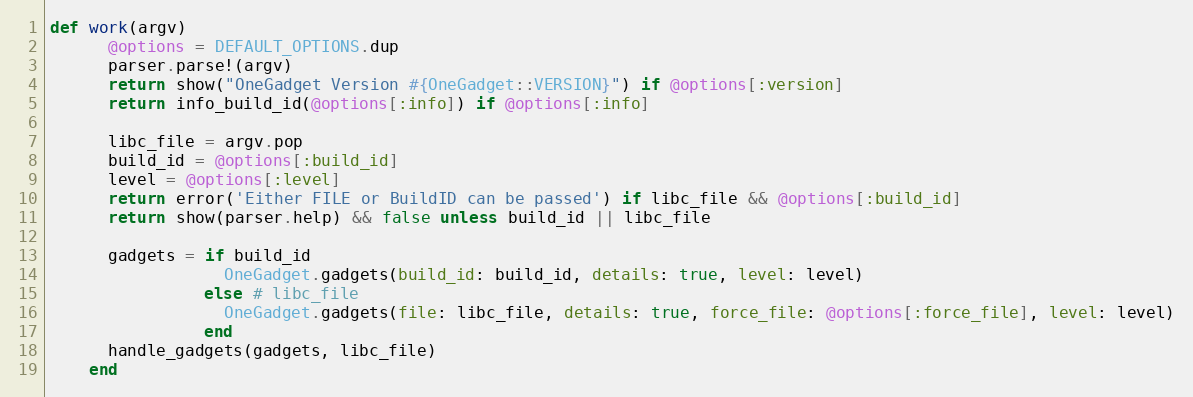
Language: Ruby
def work(argv)
      @options = DEFAULT_OPTIONS.dup
      parser.parse!(argv)
      return show("OneGadget Version #{OneGadget::VERSION}") if @options[:version]
      return info_build_id(@options[:info]) if @options[:info]

      libc_file = argv.pop
      build_id = @options[:build_id]
      level = @options[:level]
      return error('Either FILE or BuildID can be passed') if libc_file && @options[:build_id]
      return show(parser.help) && false unless build_id || libc_file

      gadgets = if build_id
                  OneGadget.gadgets(build_id: build_id, details: true, level: level)
                else # libc_file
                  OneGadget.gadgets(file: libc_file, details: true, force_file: @options[:force_file], level: level)
                end
      handle_gadgets(gadgets, libc_file)
    end